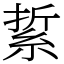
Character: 䋢